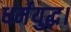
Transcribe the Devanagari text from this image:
धर्मयुद्ध।